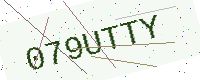
Text: 079UTTY